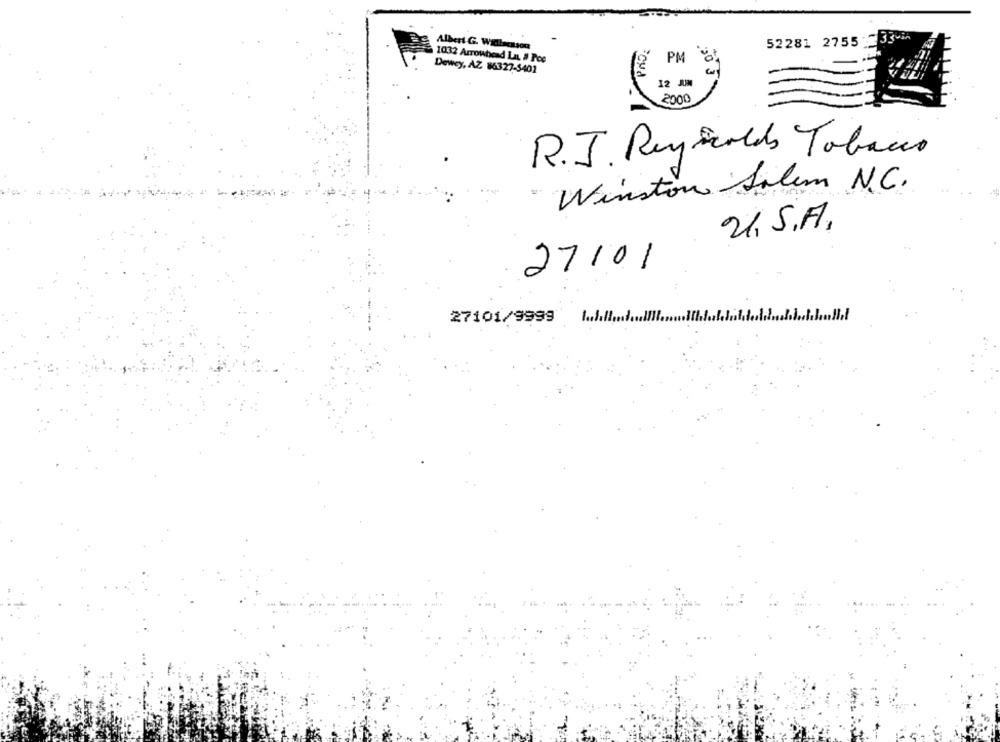
Albert G. Widlacason
52281 2755
1032 Arrowhead La # Poe
12 PM
Dewey, AZ 86327-5401
30 3
12 JUN
2000
R.J. Rey Scolds Tobacco
Winston Salem N.C.
U. S.A.
27/01
27101/9999